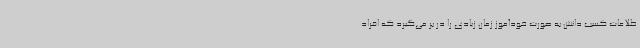
طلاعات کسب دانش به‌ صورت خودآموز زمان زیادی را در بر می‌گیرد که افراد